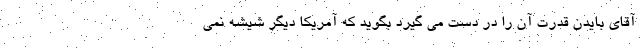
آقای بایدن قدرت آن را در دست می گیرد بگوید که آمریکا دیگر شیشه نمی